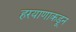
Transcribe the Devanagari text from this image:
हरयाणाकडून